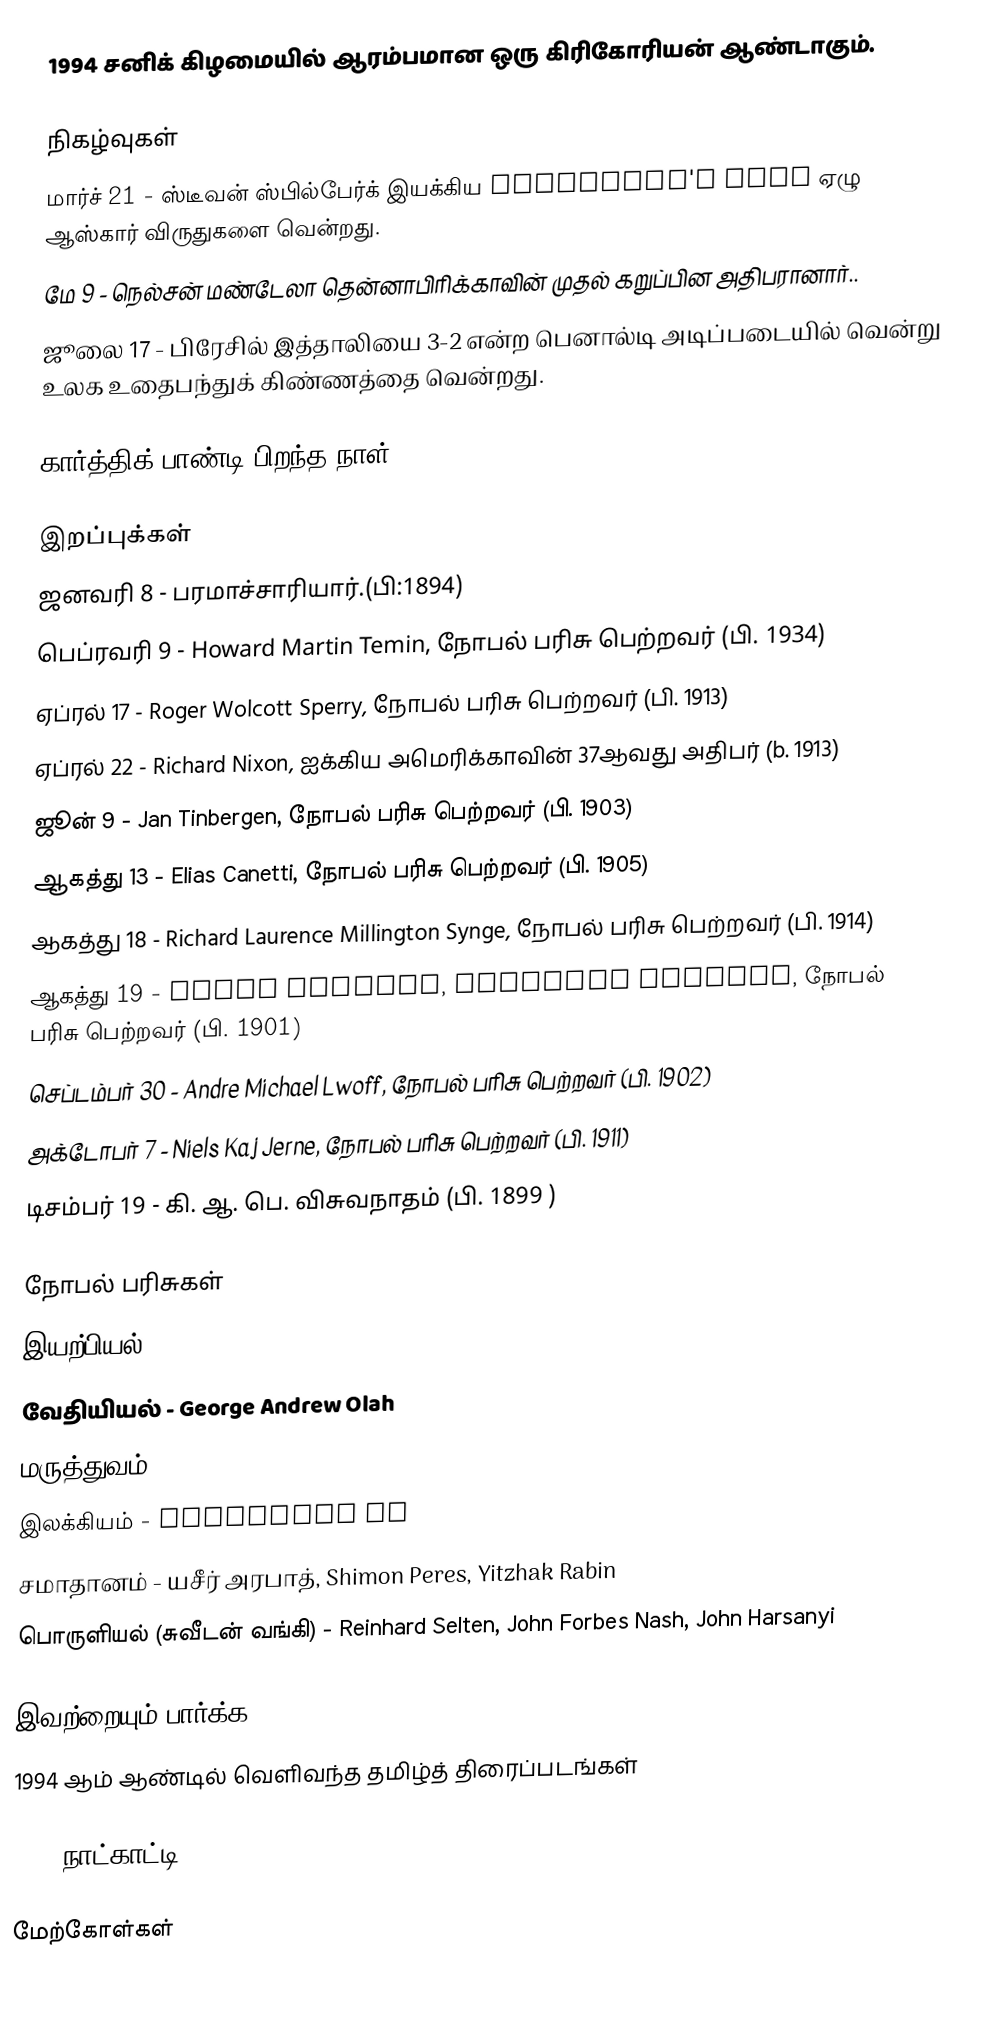
1994 சனிக் கிழமையில் ஆரம்பமான ஒரு கிரிகோரியன் ஆண்டாகும்.

நிகழ்வுகள்
 மார்ச் 21 - ஸ்டீவன் ஸ்பில்பேர்க் இயக்கிய Schindler's List ஏழு ஆஸ்கார் விருதுகளை வென்றது.
 மே 9 - நெல்சன் மண்டேலா தென்னாபிரிக்காவின் முதல் கறுப்பின அதிபரானார்..
 ஜூலை 17 - பிரேசில் இத்தாலியை 3-2 என்ற பெனால்டி அடிப்படையில் வென்று உலக உதைபந்துக் கிண்ணத்தை வென்றது.

கார்த்திக் பாண்டி பிறந்த நாள்

இறப்புக்கள்
 ஜனவரி 8 - பரமாச்சாரியார்.(பி:1894)
 பெப்ரவரி 9 - Howard Martin Temin, நோபல் பரிசு பெற்றவர் (பி. 1934)
 ஏப்ரல் 17 - Roger Wolcott Sperry, நோபல் பரிசு பெற்றவர் (பி. 1913)
 ஏப்ரல் 22 - Richard Nixon, ஐக்கிய அமெரிக்காவின் 37ஆவது அதிபர் (b. 1913)
 ஜூன் 9 - Jan Tinbergen, நோபல் பரிசு பெற்றவர் (பி. 1903)
 ஆகத்து 13 - Elias Canetti, நோபல் பரிசு பெற்றவர் (பி. 1905)
 ஆகத்து 18 - Richard Laurence Millington Synge, நோபல் பரிசு பெற்றவர் (பி. 1914)
 ஆகத்து 19 - Linus Pauling, American chemist, நோபல் பரிசு பெற்றவர் (பி. 1901)
 செப்டம்பர் 30 - Andre Michael Lwoff, நோபல் பரிசு பெற்றவர் (பி. 1902)
 அக்டோபர் 7 - Niels Kaj Jerne, நோபல் பரிசு பெற்றவர் (பி. 1911)
 டிசம்பர் 19 - கி. ஆ. பெ. விசுவநாதம் (பி. 1899 )

நோபல் பரிசுகள்
 இயற்பியல் - Bertram N. Brockhouse, Clifford Glenwood Shull
 வேதியியல் - George Andrew Olah
 மருத்துவம் - Alfred G. Gilman, Martin Rodbell
 இலக்கியம் - Kenzaburo Oe
 சமாதானம் - யசீர் அரபாத், Shimon Peres, Yitzhak Rabin
 பொருளியல் (சுவீடன் வங்கி) - Reinhard Selten, John Forbes Nash, John Harsanyi

இவற்றையும் பார்க்க
 1994 ஆம் ஆண்டில் வெளிவந்த தமிழ்த் திரைப்படங்கள்

1994 நாட்காட்டி

மேற்கோள்கள்